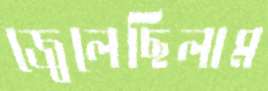
জ্বেলেছিলাম